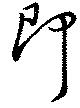
即